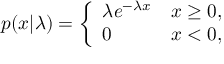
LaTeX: p ( x | \lambda ) = { \left\{ \begin{array} { l l } { \lambda e ^ { - \lambda x } } & { x \geq 0 , } \\ { 0 } & { x < 0 , } \end{array} \right. }